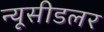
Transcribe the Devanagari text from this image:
न्यूसीडलर